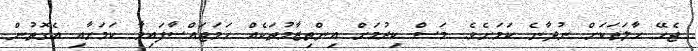
ޖެހޭ ހާލަތަކަށް ނުދާނެ ކަމަށެވެ. މަސް ކިރުމަށް އިންތިޒާމުތަކެއް ހަމަޖައްސާފައިވާ ކަމަށާއި އެގޮތުން